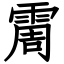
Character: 霌